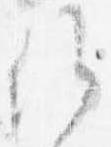
候